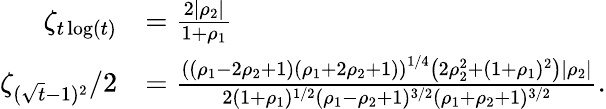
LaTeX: \begin{array}{rl}{\zeta_{t\log(t)}}&{=\frac{2\left|\rho_{2}\right|}{1+\rho_{1}}}\\ {\zeta_{(\sqrt{t}-1)^{2}}/2}&{=\frac{\left((\rho_{1}-2\rho_{2}+1)(\rho_{1}+2\rho_{2}+1)\right)^{1/4}\left(2\rho_{2}^{2}+(1+\rho_{1})^{2}\right)\left|\rho_{2}\right|}{2(1+\rho_{1})^{1/2}(\rho_{1}-\rho_{2}+1)^{3/2}(\rho_{1}+\rho_{2}+1)^{3/2}}.}\end{array}